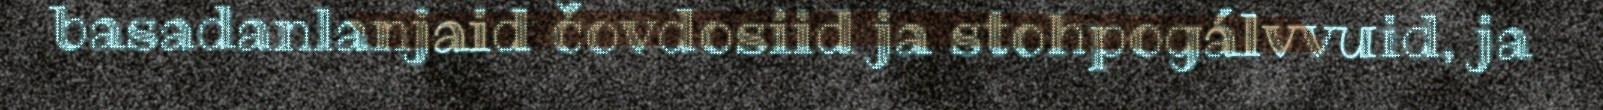
basadanlanjaid čovdosiid ja stohpogálvvuid, ja